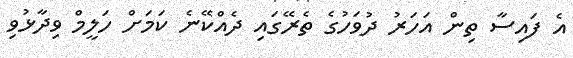
އެ ފައިސާ ތިން އަހަރު ދުވަހުގެ ތެރޭގައި ދެއްކޭނެ ކަމަށް ހަލީމް ވިދާޅުވި